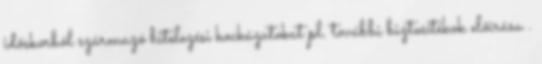
időskorból származó hitelezési kockázatokat pl. további biztosítékok előírása .